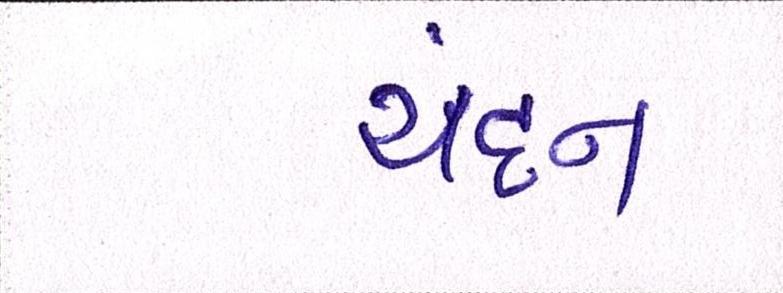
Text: ચંદન